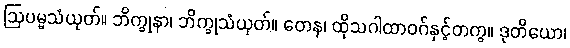
ဩပမ္မသံယုတ်။ ဘိက္ခုနာ၊ ဘိက္ခုသံယုတ်။ တေန၊ ထိုသဂါထာဝဂ်နှင့်တကွ။ ဒုတိယော၊